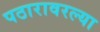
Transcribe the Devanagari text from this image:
पठारावरल्या